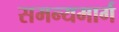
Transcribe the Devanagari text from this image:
समन्यमार्ग